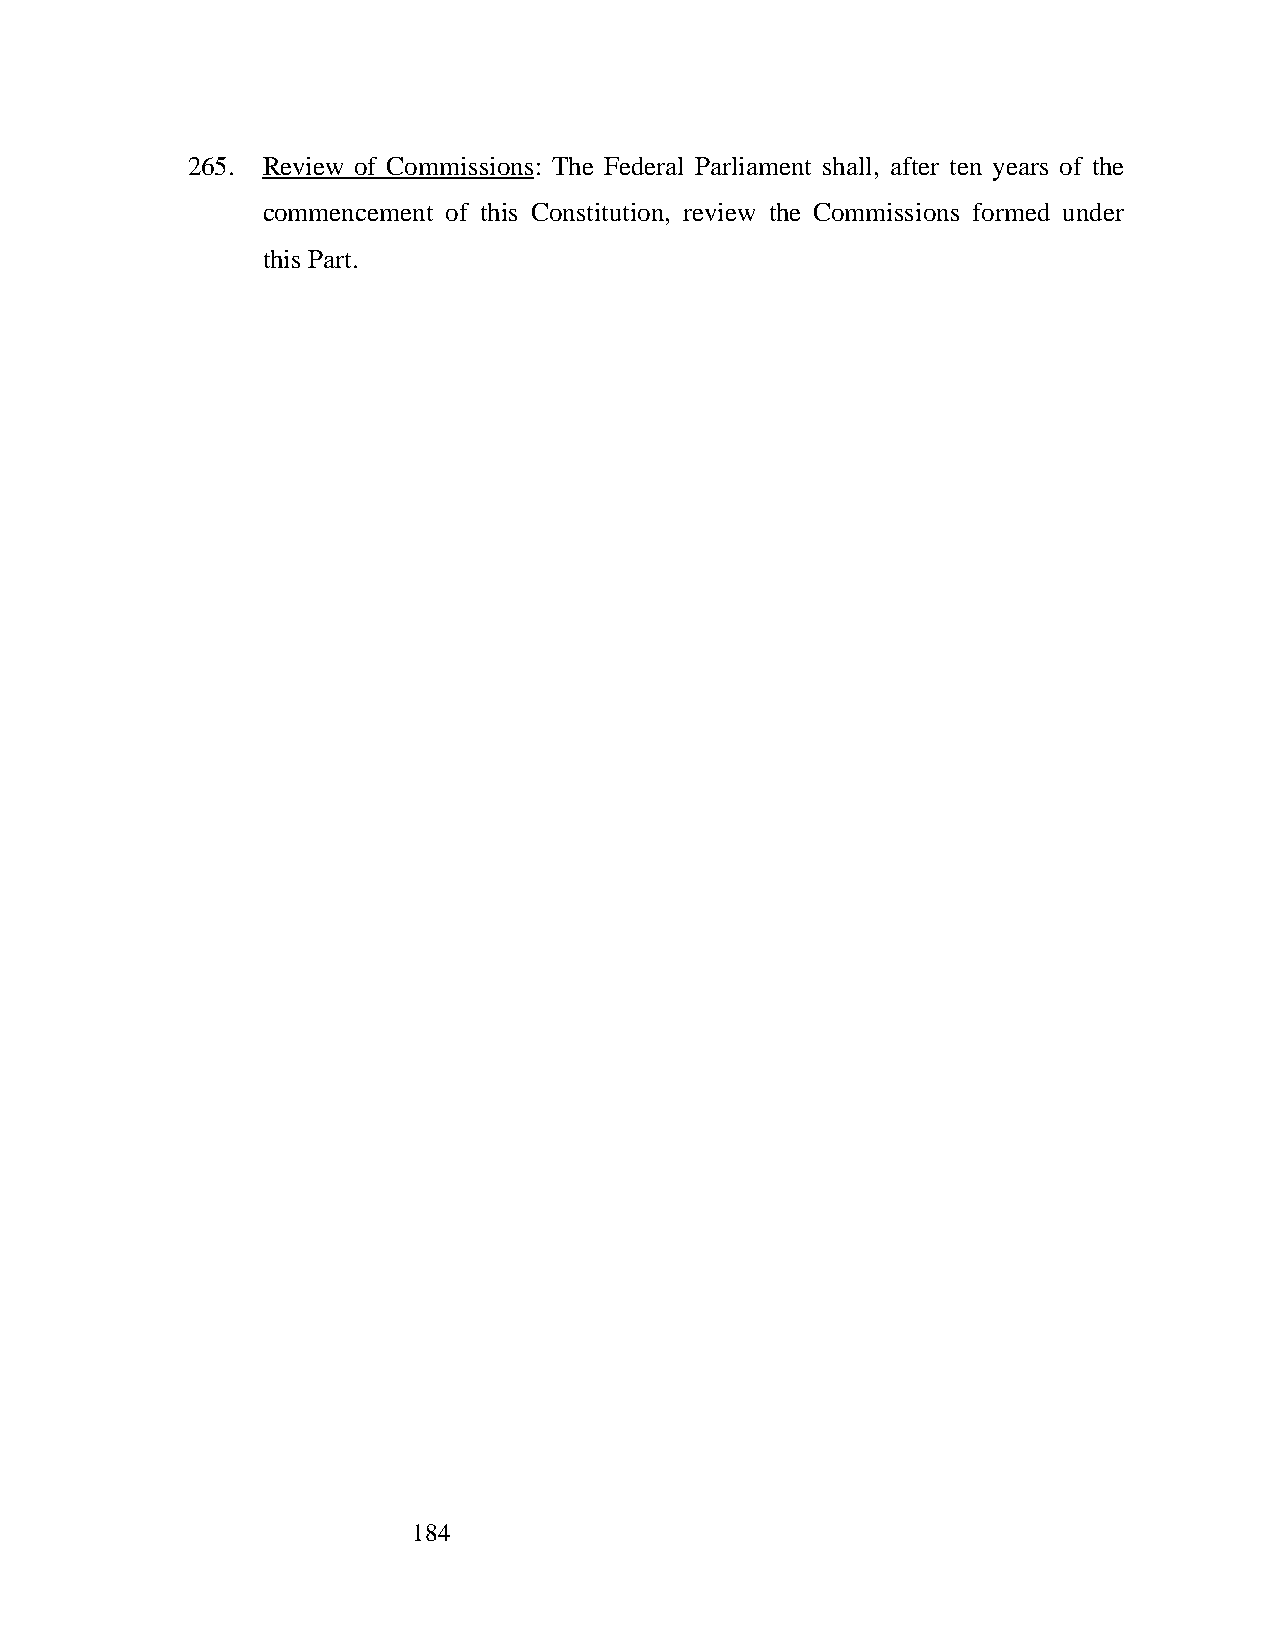
265. Review of Commissions: The Federal Parliament shall, after ten years of the
 commencement of this Constitution, review the Commissions formed under
 this Part.
 184